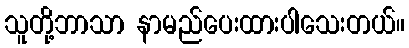
သူတို့ဘာသာ နာမည်ပေးထားပါသေးတယ်။